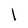
Character: l